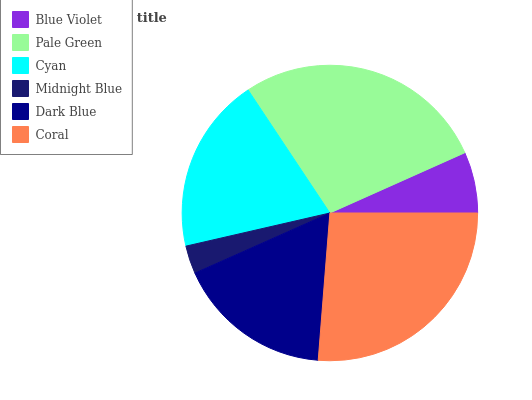
| Blue Violet | Pale Green | Cyan | Midnight Blue | Dark Blue | Coral |
 | --- | --- | --- | --- | --- | --- |
 | 6.68% | 27.7% | 19.3% | 3.07% | 17% | 26.3% |